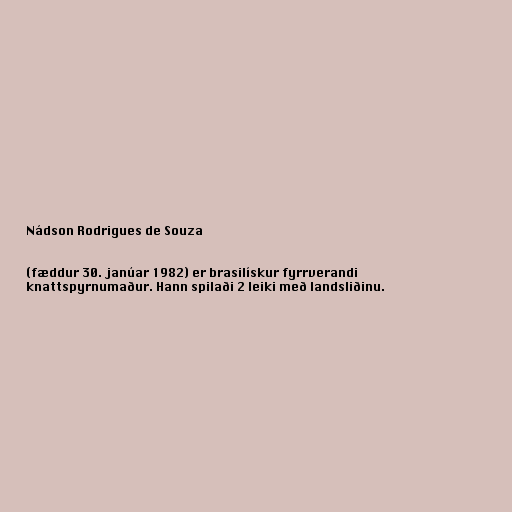
Nádson Rodrigues de Souza

(fæddur 30. janúar 1982) er brasilískur fyrrverandi
knattspyrnumaður. Hann spilaði 2 leiki með landsliðinu.